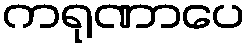
ကရုဏာပေ